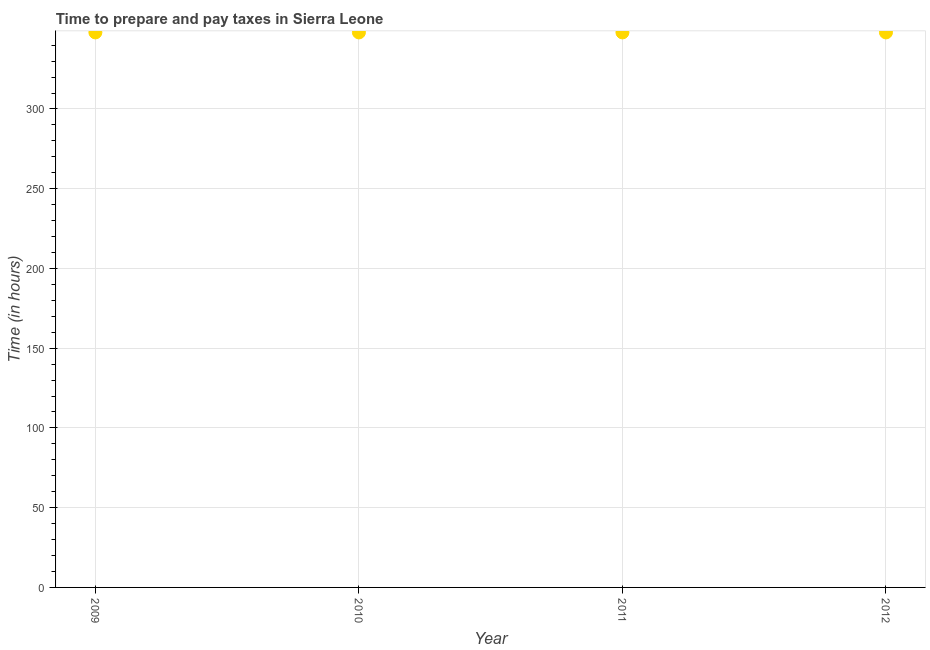
| Year | Time to prepare and pay taxes |
 | --- | --- |
 | 2009 | 348 |
 | 2010 | 348 |
 | 2011 | 348 |
 | 2012 | 348 |